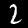
Digit: 2